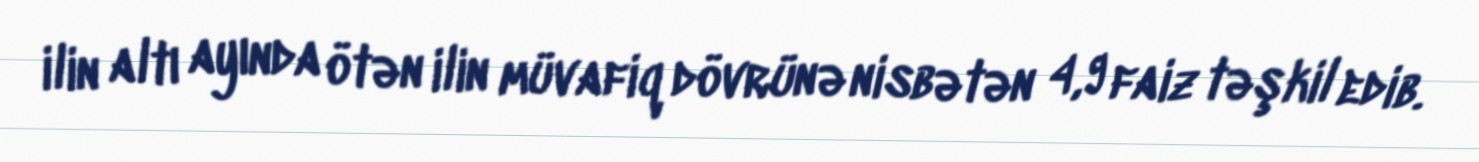
ilin altı ayında ötən ilin müvafiq dövrünə nisbətən 4,9 faiz təşkil edib.